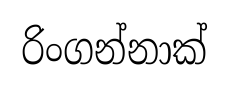
රිංගන්නාක්